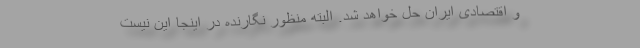
و اقتصادی ایران حل خواهد شد. البته منظور نگارنده در اینجا این نیست